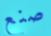
صنع